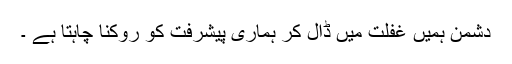
دشمن ہمیں غفلت میں ڈال کر ہماری پیشرفت کو روکنا چاہتا ہے ۔